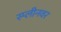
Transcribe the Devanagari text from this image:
स्प्लीनवर